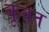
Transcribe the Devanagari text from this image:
कूवत